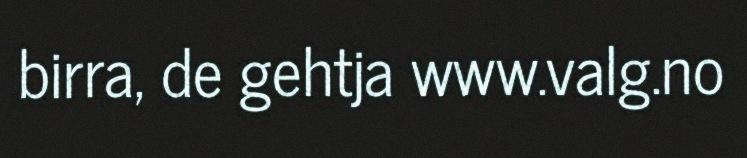
birra, de gehtja www.valg.no